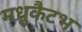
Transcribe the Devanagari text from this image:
मधुकैटभ